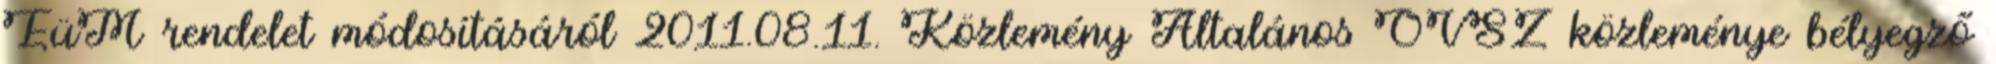
EüM rendelet módosításáról 2011.08.11. Közlemény Általános OVSZ közleménye bélyegző